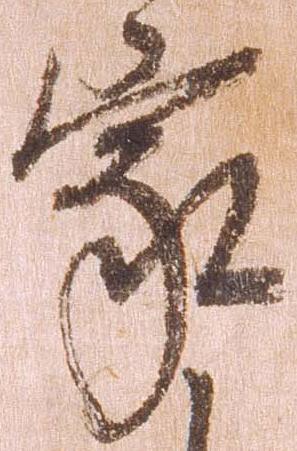
家